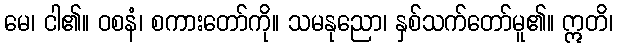
မေ၊ ငါ၏။ ဝစနံ၊ စကားတော်ကို။ သမနုညော၊ နှစ်သက်တော်မူ၏။ ဣတိ၊